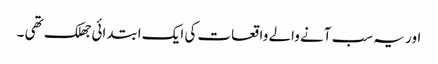
اور یہ سب آنے والے واقعات کی ایک ابتدائی جھلک تھی ۔